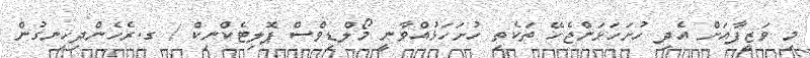
މި ވަޒީފާއަށް އެދި ހުށަހަޅަންޖެހޭ ތަކެތި ހުށަހަޅުއްވާނީ މޯލްޑިވްސް ޕޮލިޓެކްނިކް / ގ.ރެހެންދިހިނގުން